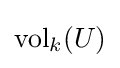
\operatorname {vol} _{k}(U)